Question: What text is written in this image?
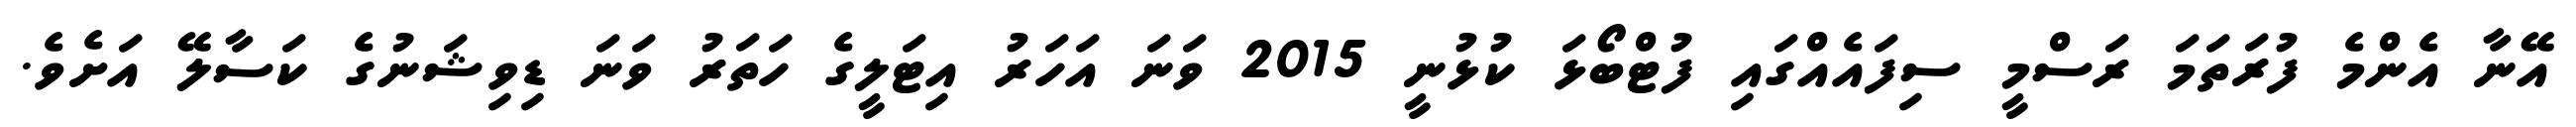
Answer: އޭނާ އެންމެ ފުރަތަމަ ރަސްމީ ސިފައެއްގައި ފުޓްބޯޅަ ކުޅުނީ 2015 ވަނަ އަހަރު އިޓަލީގެ ހަތަރު ވަނަ ޑިވިޝަނުގެ ކަސާލޭ އަށެވެ.